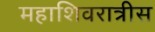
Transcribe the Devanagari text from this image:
महाशिवरात्रीस